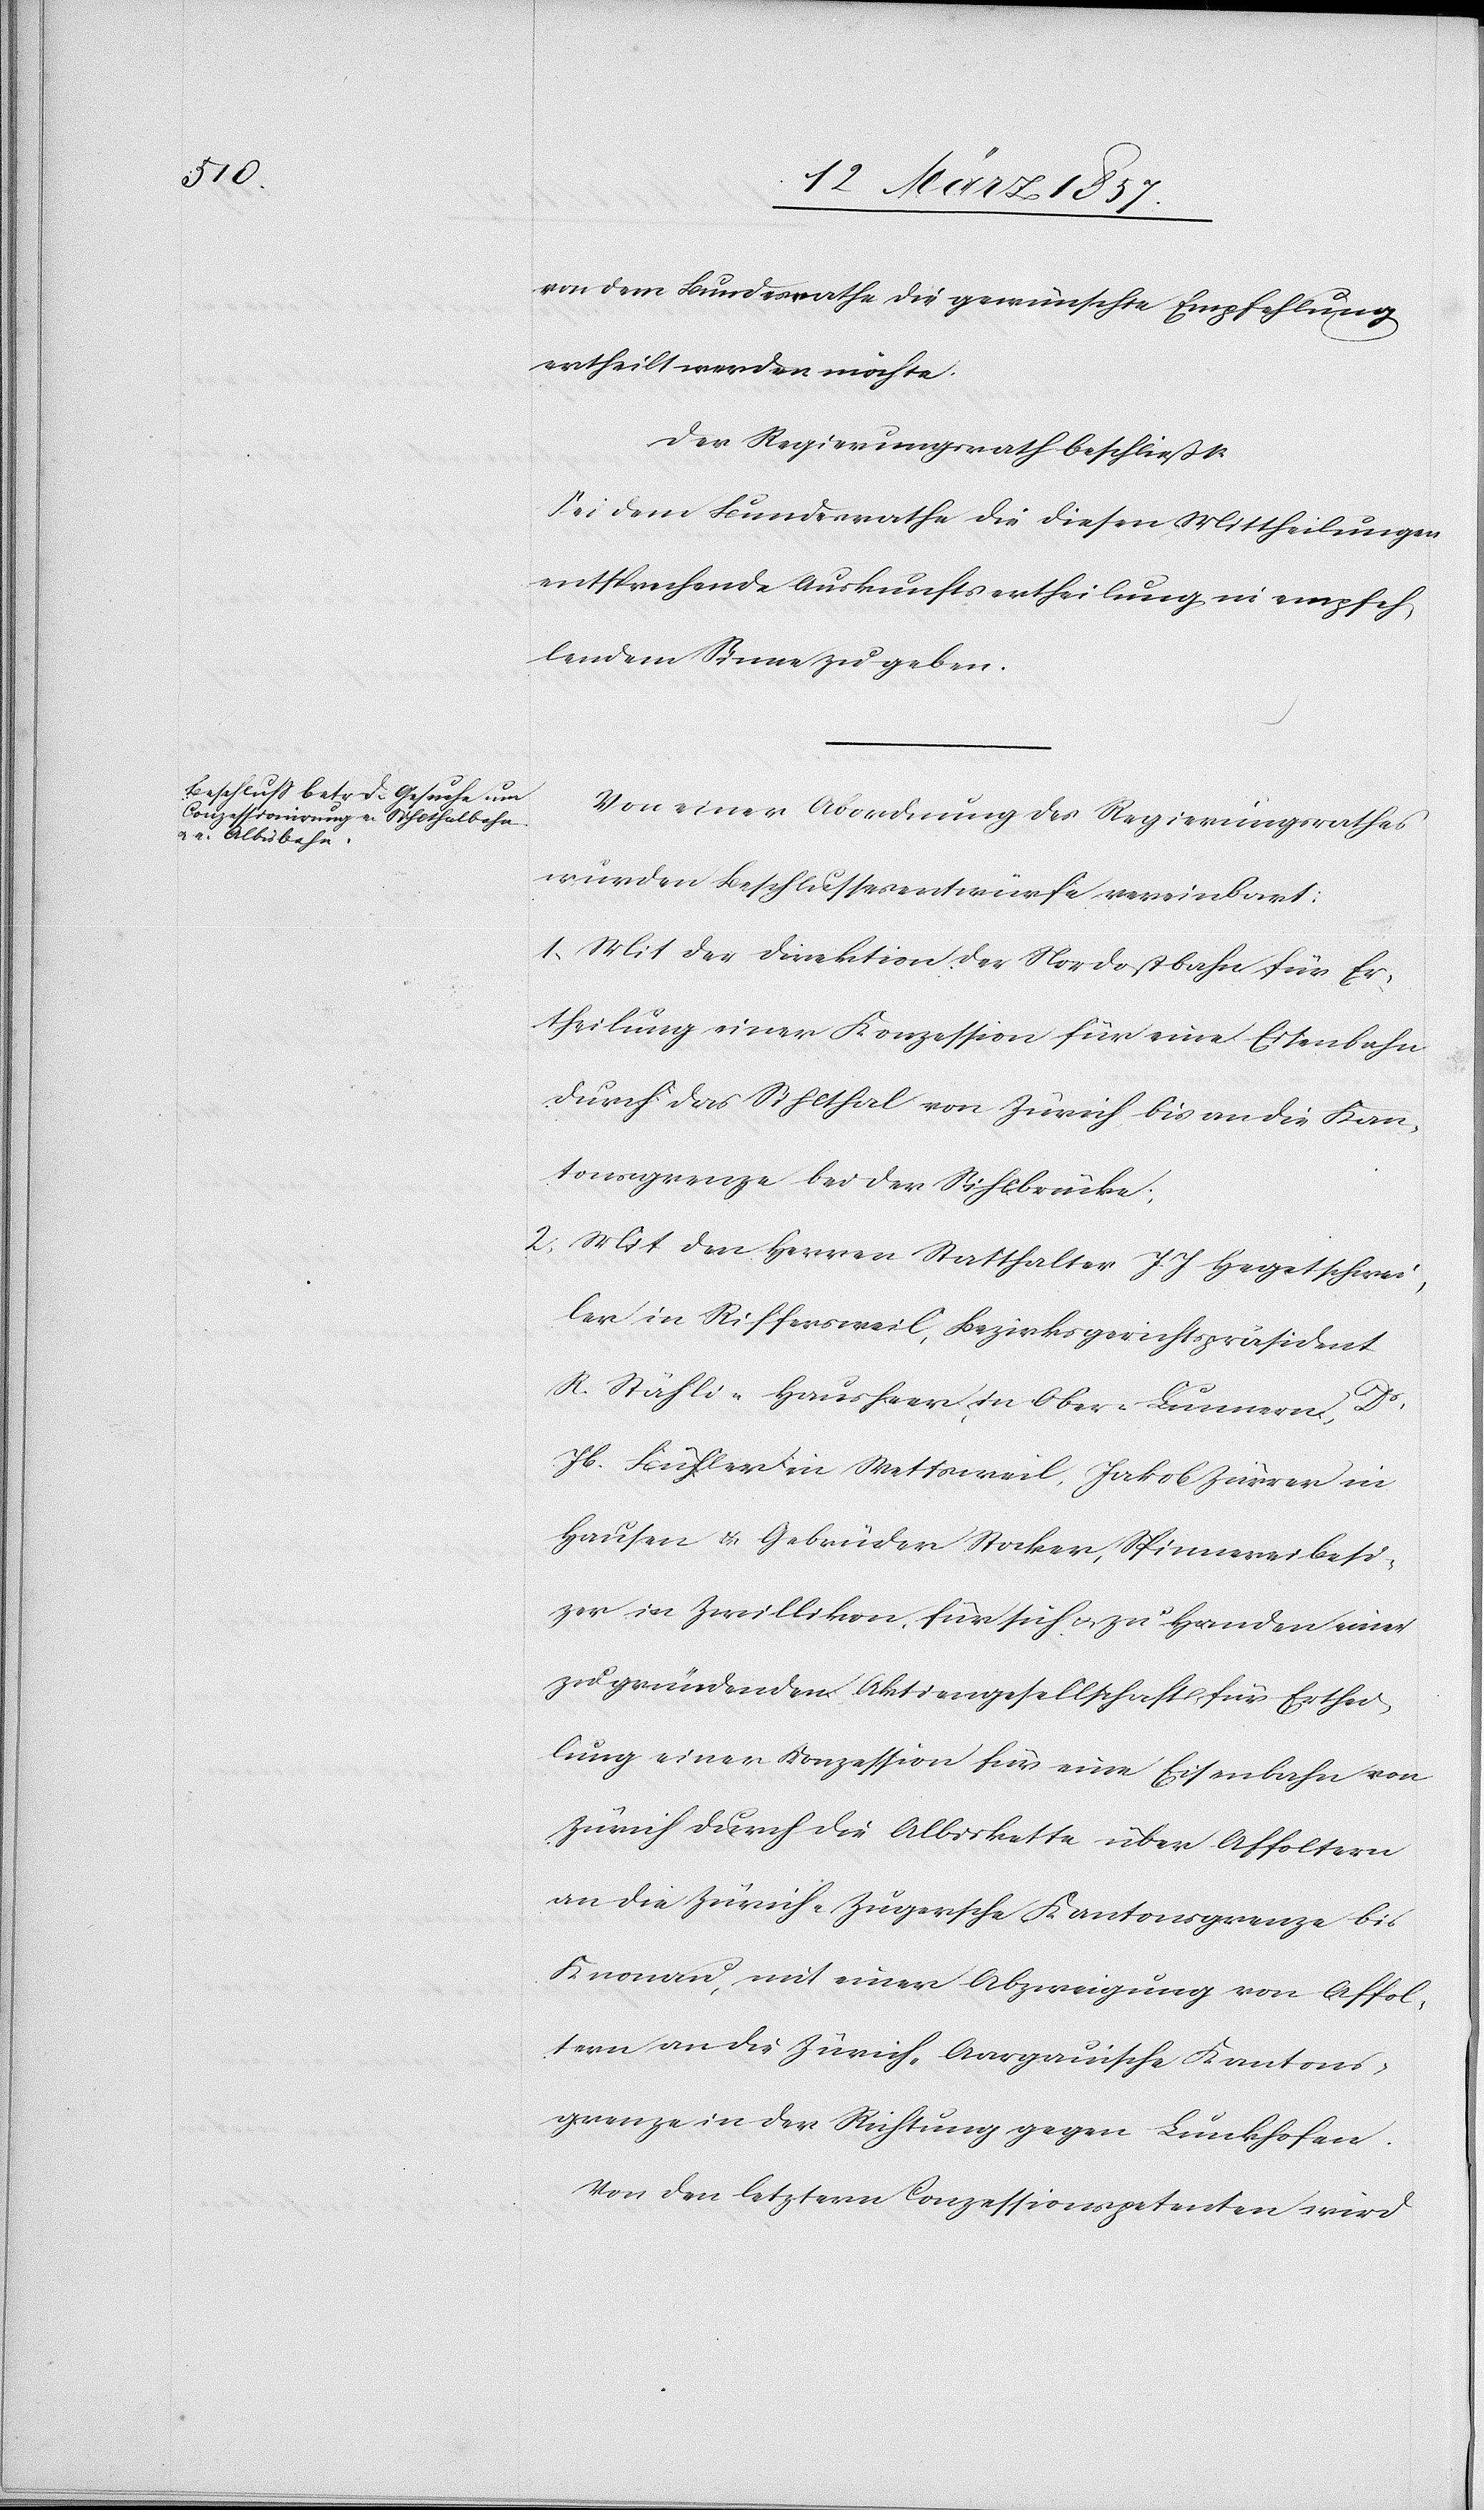
von dem Bundesrathe die gewünschte Empfehlung
ertheilt werden möchte.
Der Regierungsrath beschließt:
Sei dem Bundesrathe die diesen Mittheilungen
entsprechende Auskunftsertheilung in empfeh¬
lendem Sinne zu geben.
Von einer Abordnung des Regierungsrathes
wurden Beschlussesentwürfe vereinbart:
1. Mit der Direktion der Nordostbahn für Er¬
theilung einer Konzession für eine Eisenbahn
durch das Sihlthal von Zürich bis an die Kan¬
tonsgrenze bei der Sihlbrücke;
2. Mit den Herren Statthalter J. J. Hegetschwei¬
ler in Riffersweil, Bezirksgerichtspräsident
R. Stähli-Hausheer in Ober-Lunnern, Dr
Jb. Bühler in Wettsweil, Jakob Zürrer in
Hausen & Gebrüder Stocker, Spinnereibesi¬
zer in Zwillikon, für sich u. zu Handen einer
zu gründenden Aktiengesellschaft für Erthei¬
lung einer Konzession für eine Eisenbahn von
Zürich durch die Albiskette über Affoltern
an die Zürich-Zugersche Kantonsgrenze bis
Knonau, mit einer Abzweigung von Affol¬
tern an die Zürich-Aargauische Kantons¬
grenze in der Richtung gegen Lunkhofen.
Von den letztern Conzessionspetenten wird